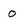
Character: 0